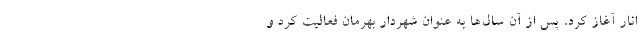
انار آغاز کرد، پس از آن سال‌ها به عنوان شهردار بهرمان فعالیت کرد و